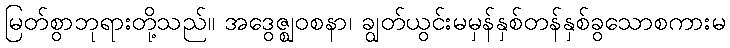
မြတ်စွာဘုရားတို့သည်။ အဒွေဇ္ဈဝစနာ၊ ချွတ်ယွင်းမမှန်နှစ်တန်နှစ်ခွသောစကားမ